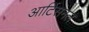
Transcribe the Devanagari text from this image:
आर्टिसनल